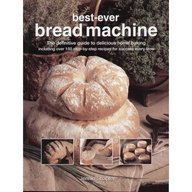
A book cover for Bread Machine: how to prepare and bake the perfect loaf; Jennie Shapter; Cookbooks, Food & Wine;